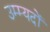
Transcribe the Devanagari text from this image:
उम्म्यदों